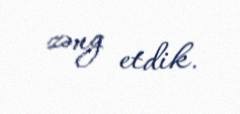
zəng etdik.